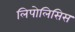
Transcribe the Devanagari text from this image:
लिपोलिसिस